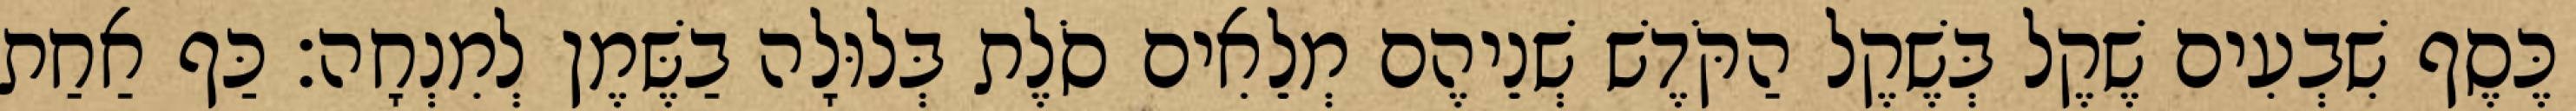
כֶּסֶף שִׁבְעִים שֶׁקֶל בְּשֶׁקֶל הַקֹּדֶשׁ שְׁנֵיהֶם מְלֵאִים סֹלֶת בְּלוּלָה בַשֶּׁמֶן לְמִנְחָה׃ כַּף אַחַת